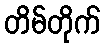
တိမ်တိုက်